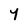
Character: Y